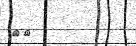
٧٢